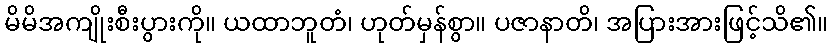
မိမိအကျိုးစီးပွားကို။ ယထာဘူတံ၊ ဟုတ်မှန်စွာ။ ပဇာနာတိ၊ အပြားအားဖြင့်သိ၏။